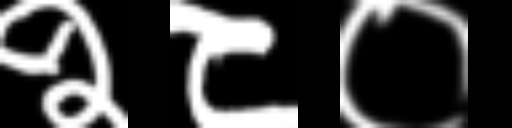
Text: २८०